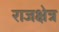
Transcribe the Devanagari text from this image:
राजक्षेत्र